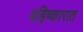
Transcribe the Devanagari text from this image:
बहिष्कारात